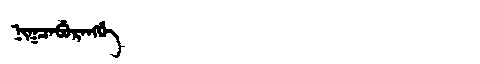
Manchu: ᠨᡳᡴᠴᠠᠪᡠᡵᠠᠩᡤᡝ
Romanization: NIKCABURANGGE